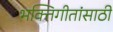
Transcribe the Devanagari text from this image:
भक्तिगीतांसाठी